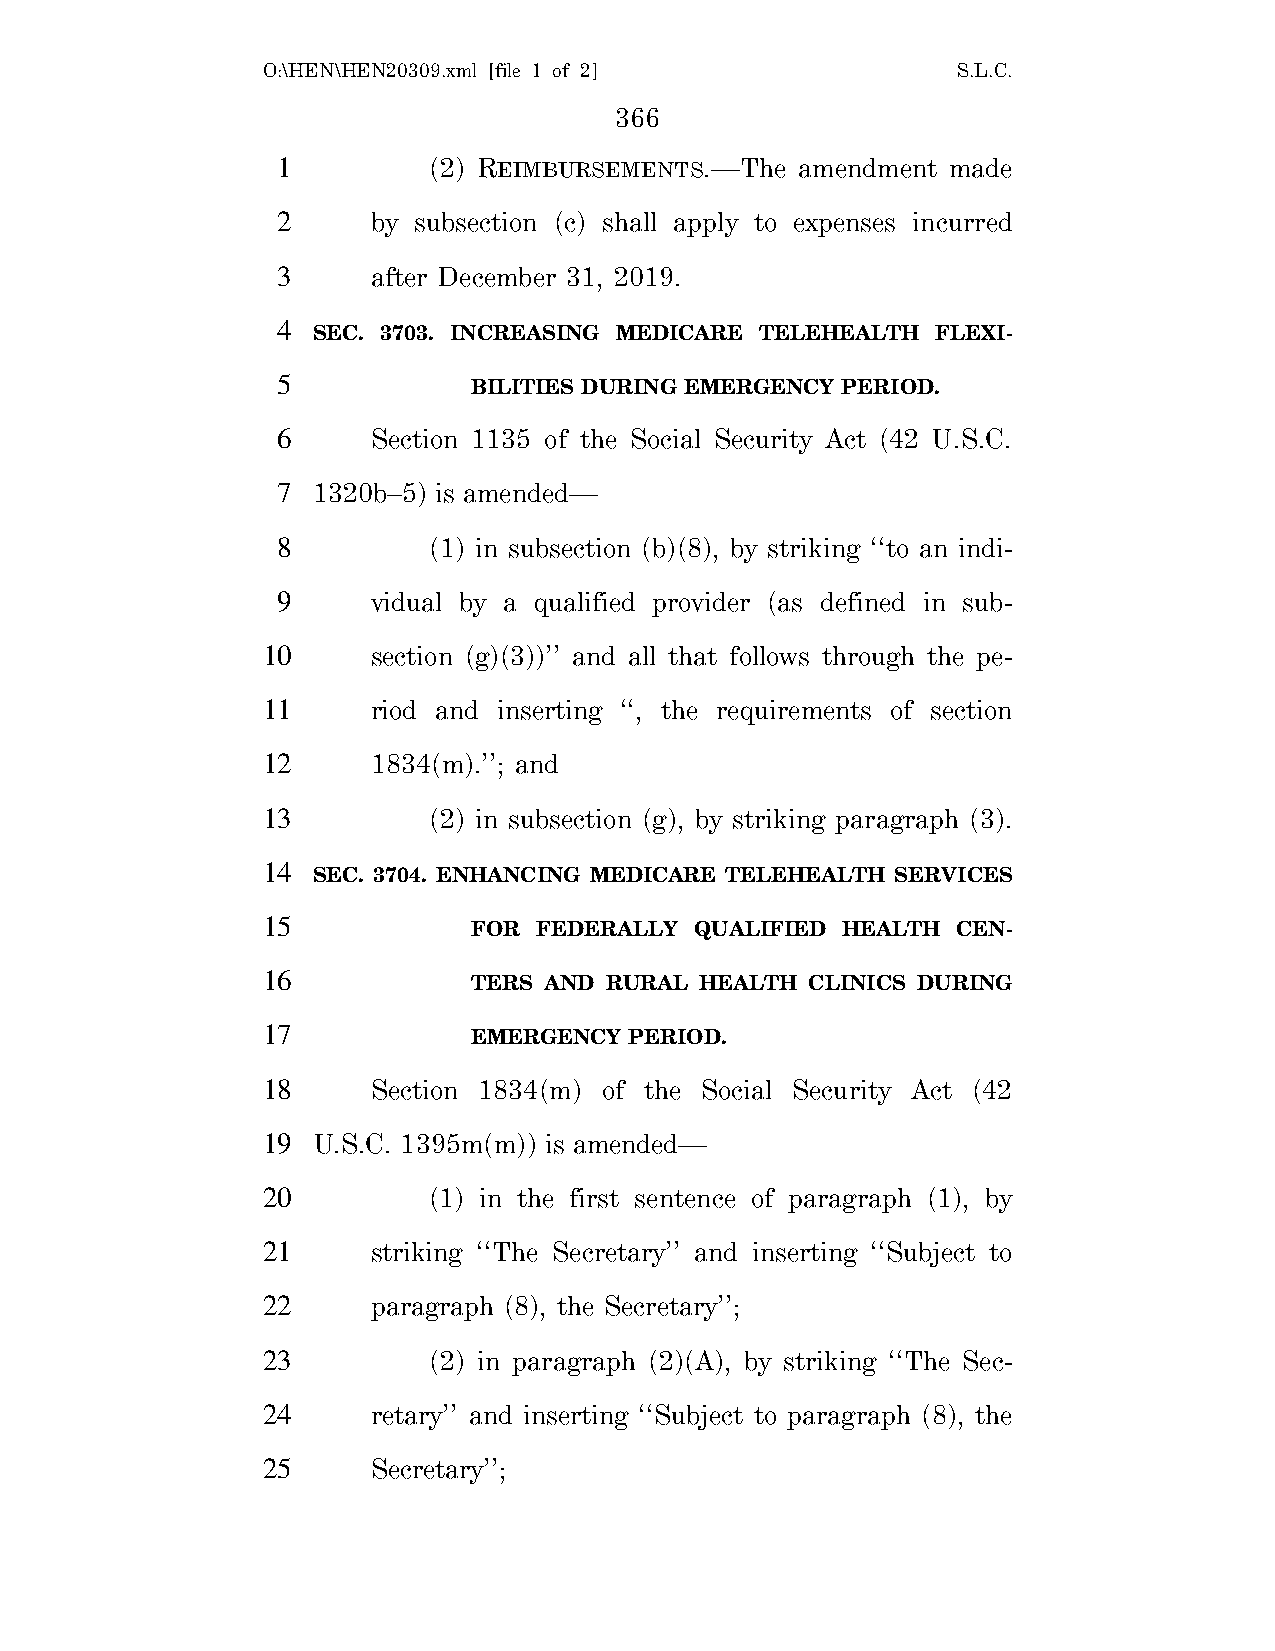
O:\HEN\HEN20309.xml [file 1 of 2]             S.L.C.
 366
 1         (2) REIMBURSEMENTS.—The  amendment made
 2      by subsection (c) shall apply to expenses incurred
 3      after December 31, 2019.
 4
 SEC. 3703. INCREASING MEDICARE TELEHEALTH FLEXI-
 5
 BILITIES DURING EMERGENCY PERIOD.
 6      Section 1135 of the Social Security Act (42 U.S.C.
 7  1320b–5) is amended—
 8         (1) in subsection (b)(8), by striking ‘‘to an indi-
 9      vidual by a qualified provider (as defined in sub-
 10      section (g)(3))’’ and all that follows through the pe-
 11      riod and inserting ‘‘, the requirements of section
 12      1834(m).’’; and
 13         (2) in subsection (g), by striking paragraph (3).
 14
 SEC. 3704. ENHANCING MEDICARE TELEHEALTH SERVICES
 15
 FOR FEDERALLY  QUALIFIED HEALTH CEN-
 16
 TERS AND RURAL HEALTH  CLINICS DURING
 17
 EMERGENCY  PERIOD.
 18      Section 1834(m) of the Social Security Act (42
 19  U.S.C. 1395m(m)) is amended—
 20         (1) in the first sentence of paragraph (1), by
 21      striking ‘‘The Secretary’’ and inserting ‘‘Subject to
 22      paragraph (8), the Secretary’’;
 23         (2) in paragraph (2)(A), by striking ‘‘The Sec-
 24      retary’’ and inserting ‘‘Subject to paragraph (8), the
 25      Secretary’’;